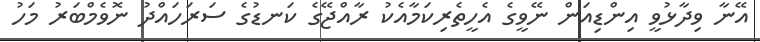
އޭނާ ވިދާޅުވީ އިންޑިއަން ނޭވީގެ އެހީތެރިކަމާއެކު ރާއްޖޭގެ ކަނޑުގެ ސަރަހައްދު ނޮވެމްބަރު މަހު